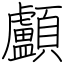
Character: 顱